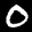
Label: 0